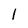
Character: l